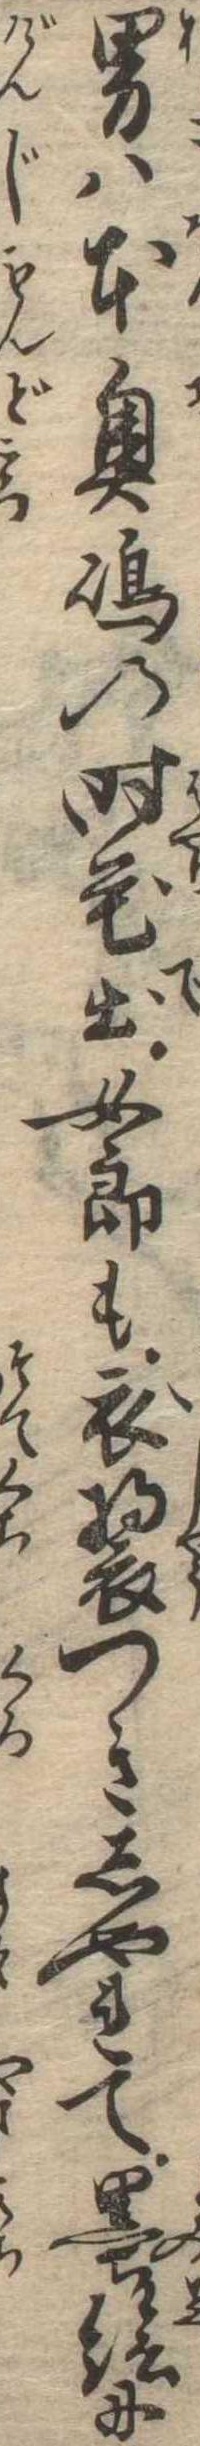
男は本奥島の時花出女郎も衣装つきしやれて墨絵に